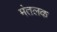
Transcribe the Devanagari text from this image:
मंतलक